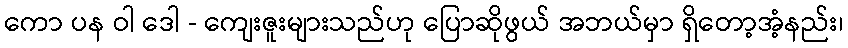
ကော ပန ဝါ ဒေါ - ကျေးဇူးများသည်ဟု ပြောဆိုဖွယ် အဘယ်မှာ ရှိတော့အံ့နည်း၊